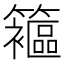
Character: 䉱